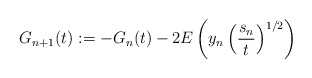
\begin{align*}G_{n+1}(t):=-G_{n}(t)-2E\left(y_{n}\left(\dfrac{s_{n}}{t}\right)^{1/2}\right)\end{align*}